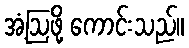
အံ့ဩဖို့ ကောင်းသည်။